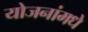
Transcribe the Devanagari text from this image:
योजनांमधे